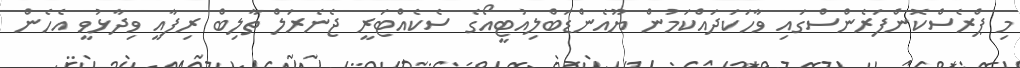
މި ޕްރެސްކޮންފަރެންސްގައި ވާހަކަދައްކަމުން ޔޫއެންޑަބްލިއުޓީއޯގެ ސެކެއްޓަރީ ޖެނެރަލް ތާލިބް ރިފާއީ ވިދާޅުވީ އެހެން